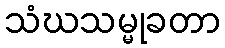
သံဃသမ္မုခတာ